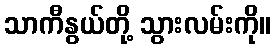
သာကီနွယ်တို့ သွားလမ်းကို။